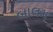
બાલમ